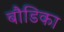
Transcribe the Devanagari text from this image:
बौडिका